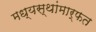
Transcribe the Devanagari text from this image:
मध्यस्थांमार्फत